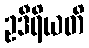
ဥဒီရိယတိ